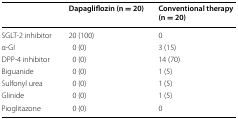
|  | Dapagliflozin (n = 20) | Conventional therapy (n = 20) |
 | --- | --- | --- |
 | SGLT-2 inhibitor | 20 (100) | 0 |
 | α-GI | 0 (0) | 3 (15) |
 | DPP-4 inhibitor | 0 (0) | 14 (70) |
 | Biguanide | 0 (0) | 1 (5) |
 | Sulfonyl urea | 0 (0) | 1 (5) |
 | Glinide | 0 (0) | 1 (5) |
 | Pioglitazone | 0 (0) | 0 |